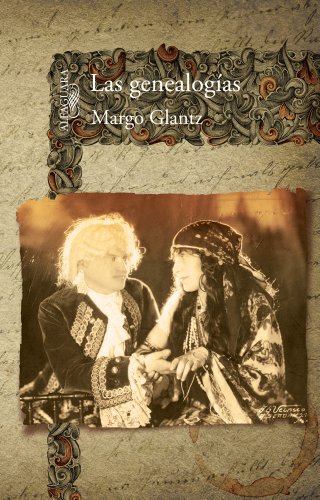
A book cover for Las genealogÃ­as (Alfaguara) (Spanish Edition); Margo Glantz; Biographies & Memoirs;